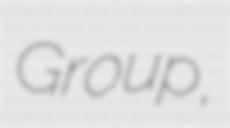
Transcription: Group,